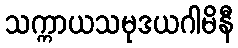
သက္ကာယသမုဒယဂါမိနီ